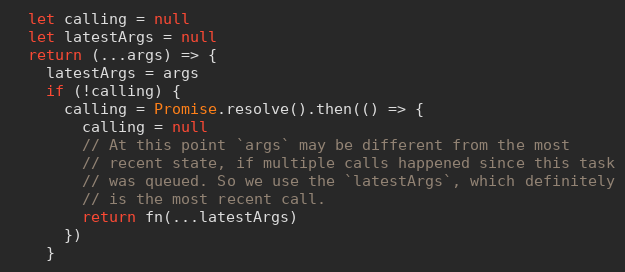
Language: JavaScript
  let calling = null
  let latestArgs = null
  return (...args) => {
    latestArgs = args
    if (!calling) {
      calling = Promise.resolve().then(() => {
        calling = null
        // At this point `args` may be different from the most
        // recent state, if multiple calls happened since this task
        // was queued. So we use the `latestArgs`, which definitely
        // is the most recent call.
        return fn(...latestArgs)
      })
    }